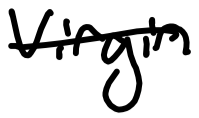
Text: virgin
Cross-out: single-line
Writing tool: digital_black